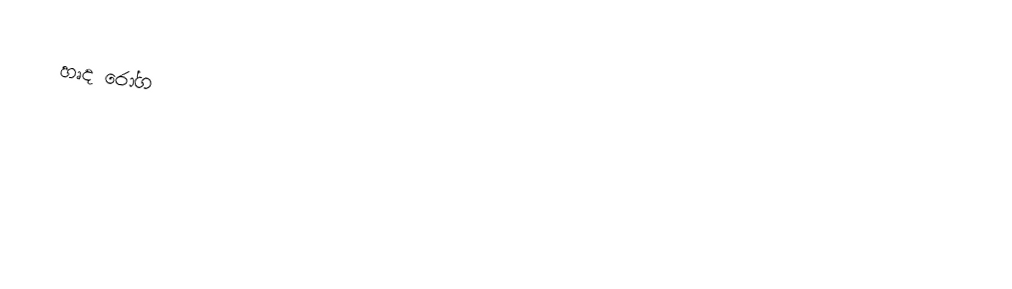
හෘද රෝග